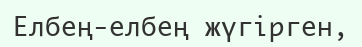
Елбең-елбең жүгірген,